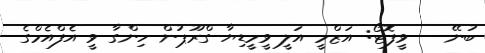
ބުނޭ -- ވީފޮޓޯ: އަޒްމީ އަލީ ވީމީޑިޔާ ގްރޫޕުން ހިންގާ ވީ އެފްއެމްގެ